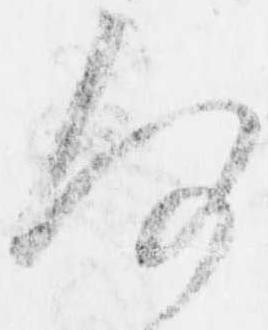
何